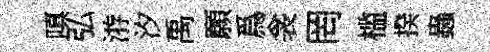
嗔弘㳺汐禹願爲衾罔槛揆蟲